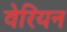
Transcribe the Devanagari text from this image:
वेरियन